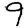
Digit: 9